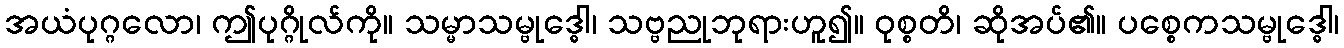
အယံပုဂ္ဂလော၊ ဤပုဂ္ဂိုလ်ကို။ သမ္မာသမ္ဗုဒ္ဓေါ၊ သဗ္ဗညုဘုရားဟူ၍။ ဝုစ္စတိ၊ ဆိုအပ်၏။ ပစ္စေကသမ္ဗုဒ္ဓေါ၊